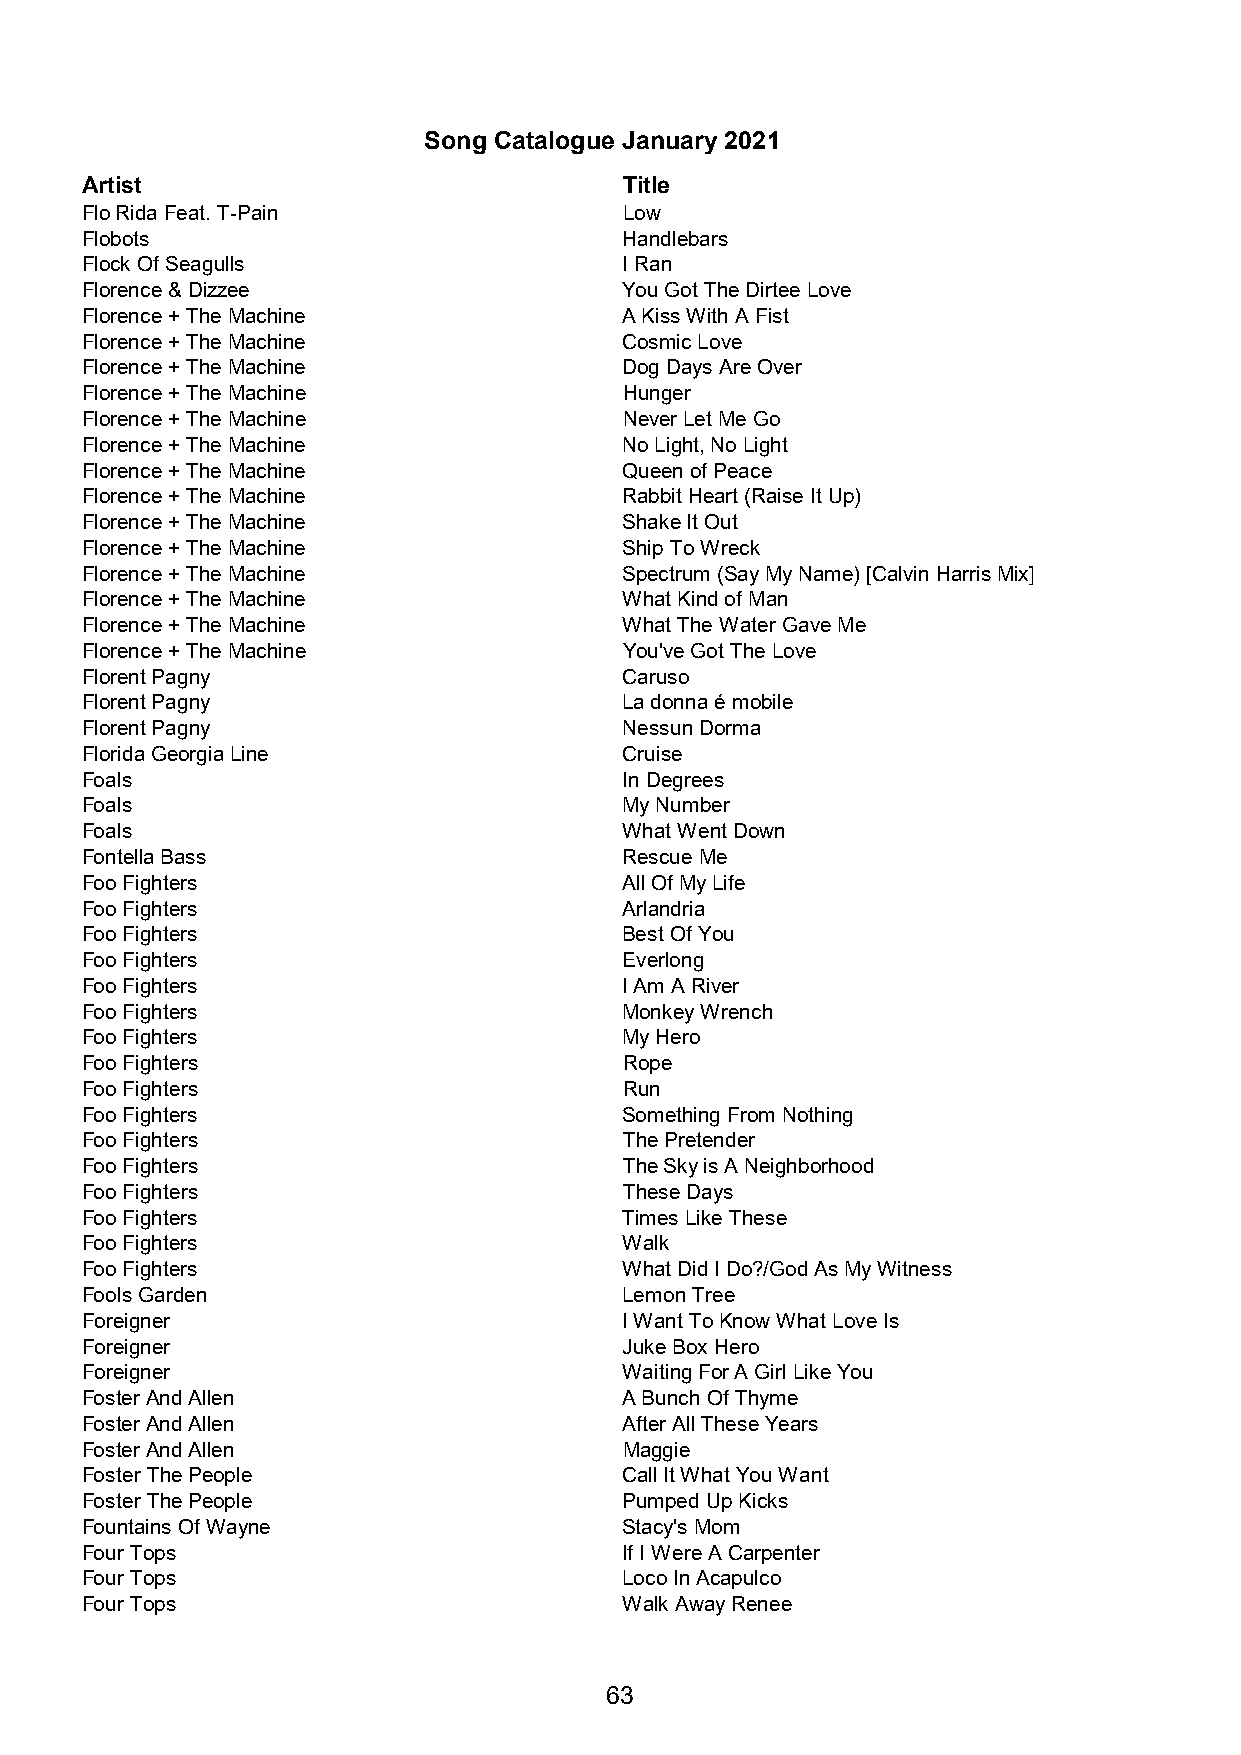
Song Catalogue January 2021
 Artist                              Title
 Flo Rida Feat. T-Pain               Low
 Flobots                             Handlebars
 Flock Of Seagulls                   I Ran
 Florence & Dizzee                   You Got The Dirtee Love
 Florence + The Machine              A Kiss With A Fist
 Florence + The Machine              Cosmic Love
 Florence + The Machine              Dog Days Are Over
 Florence + The Machine              Hunger
 Florence + The Machine              Never Let Me Go
 Florence + The Machine              No Light, No Light
 Florence + The Machine              Queen of Peace
 Florence + The Machine              Rabbit Heart (Raise It Up)
 Florence + The Machine              Shake It Out
 Florence + The Machine              Ship To Wreck
 Florence + The Machine              Spectrum (Say My Name) [Calvin Harris Mix]
 Florence + The Machine              What Kind of Man
 Florence + The Machine              What The Water Gave Me
 Florence + The Machine              You've Got The Love
 Florent Pagny                       Caruso
 Florent Pagny                       La donna é mobile
 Florent Pagny                       Nessun Dorma
 Florida Georgia Line                Cruise
 Foals                               In Degrees
 Foals                               My Number
 Foals                               What Went Down
 Fontella Bass                       Rescue Me
 Foo Fighters                        All Of My Life
 Foo Fighters                        Arlandria
 Foo Fighters                        Best Of You
 Foo Fighters                        Everlong
 Foo Fighters                        I Am A River
 Foo Fighters                        Monkey Wrench
 Foo Fighters                        My Hero
 Foo Fighters                        Rope
 Foo Fighters                        Run
 Foo Fighters                        Something From Nothing
 Foo Fighters                        The Pretender
 Foo Fighters                        The Sky is A Neighborhood
 Foo Fighters                        These Days
 Foo Fighters                        Times Like These
 Foo Fighters                        Walk
 Foo Fighters                        What Did I Do?/God As My Witness
 Fools Garden                        Lemon Tree
 Foreigner                           I Want To Know What Love Is
 Foreigner                           Juke Box Hero
 Foreigner                           Waiting For A Girl Like You
 Foster And Allen                    A Bunch Of Thyme
 Foster And Allen                    After All These Years
 Foster And Allen                    Maggie
 Foster The People                   Call It What You Want
 Foster The People                   Pumped Up Kicks
 Fountains Of Wayne                  Stacy's Mom
 Four Tops                           If I Were A Carpenter
 Four Tops                           Loco In Acapulco
 Four Tops                           Walk Away Renee
 63